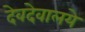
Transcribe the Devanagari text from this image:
देवदेवालये